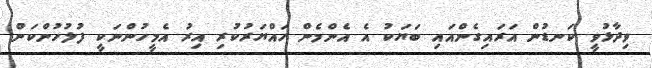
ވިދާޅުވީ ކަނޑުން އަރައިގެންއައި ބަޔަކު އެ އެންމެން ހައްޔަރުކުރި އިރު އެމީހުންނަކީ ފުލުހުންކަން